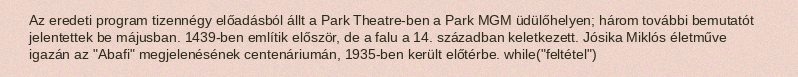
Az eredeti program tizennégy előadásból állt a Park Theatre-ben a Park MGM üdülőhelyen; három további bemutatót jelentettek be májusban. 1439-ben említik először, de a falu a 14. században keletkezett. Jósika Miklós életműve igazán az "Abafi" megjelenésének centenáriumán, 1935-ben került előtérbe. while("feltétel")